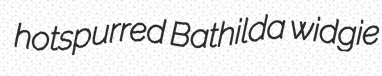
hotspurred Bathilda widgie